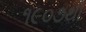
૧૯૦૭થી